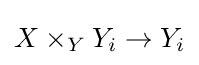
X\times _{Y}Y_{i}\to Y_{i}